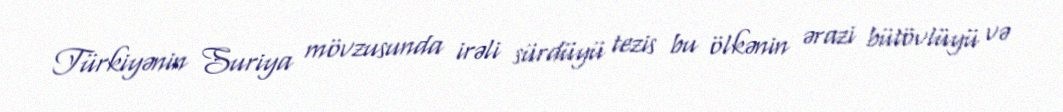
Türkiyənin Suriya mövzusunda irəli sürdüyü tezis bu ölkənin ərazi bütövlüyü və